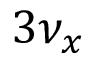
3 \nu _ { x }